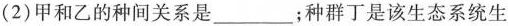
(2)甲和乙的种间关系是___；种群丁是该生态系统生